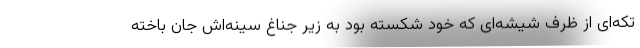
تکه‌ای از ظرف شیشه‌ای که خود شکسته بود به زیر جناغ سینه‌اش جان باخته